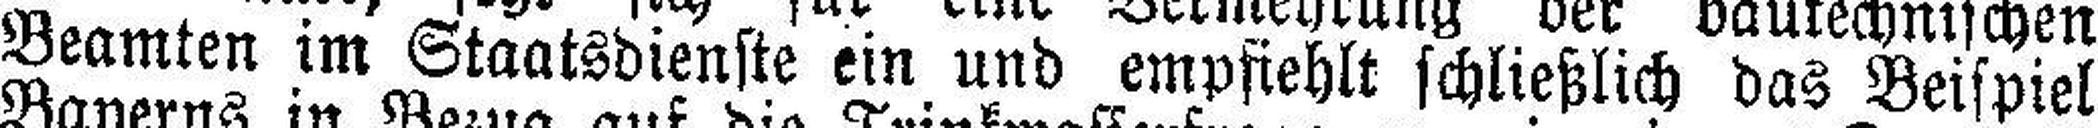
Beamten im Staatsdienste ein und empfiehlt schließlich das Beispiel